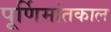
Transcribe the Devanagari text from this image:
पूर्णिमांतकाल